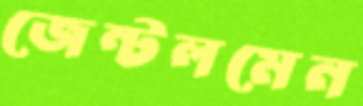
জেন্টলমেন